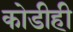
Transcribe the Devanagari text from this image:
कोडीही